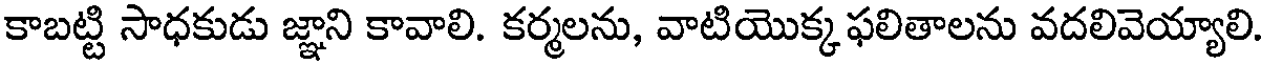
కాబట్టి సాధకుడు జ్ఞాని కావాలి. కర్మలను, వాటియొక్క ఫలితాలను వదలివెయ్యాలి